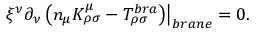
\left. \xi ^ { \nu } \partial _ { \nu } \left( n _ { \mu } K _ { \rho \sigma } ^ { \mu } - T _ { \rho \sigma } ^ { b r a } \right) \right| _ { b r a n e } = 0 .